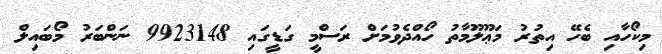
މިކޯހާއި ބެހޭ އިތުރު މަޢޫލޫމާތު ހޯއްދެވުމަށް ރަސްމީ ގަޑީގައި 9923148 ނަންބަރު މޯބައިލް